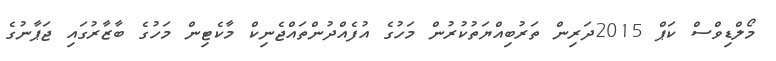
މޯލްޑިވްސް ކަޕް 2015ދަރިން ތަރުބިއްޔަތުކުރުން މަހުގެ އުފެއްދުންތައްޖެނިކް މާކެޓިން މަހުގެ ބާޒާރުގައި ޖަޕާނުގެ